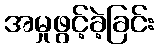
အမှုဖွင့်ခဲ့ခြင်း